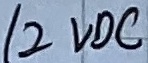
Text: 12VDC